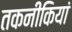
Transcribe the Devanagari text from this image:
तकनीकियां